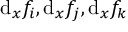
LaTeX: \mathrm { d } _ { x } f _ { i } , \mathrm { d } _ { x } f _ { j } , \mathrm { d } _ { x } f _ { k }